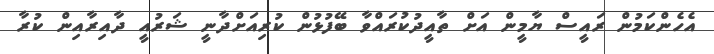
އެހެންކަމުން ރައީސް ޔާމީން އަށް ތާއީދުކުރައްވާ ބޭފުޅުން ކުރިއަށްދާނީ ޝަރުއީ ދާއިރާއިން ކުރާ